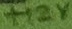
Text: +12V